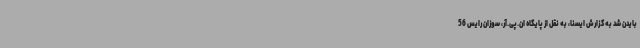
بایدن شد به گزارش ایسنا، به نقل از پایگاه ان.پی.آر، سوزان رایس 56